Vaccination in the Punjab 1905-1918 - 1905-1918
Year: 1905
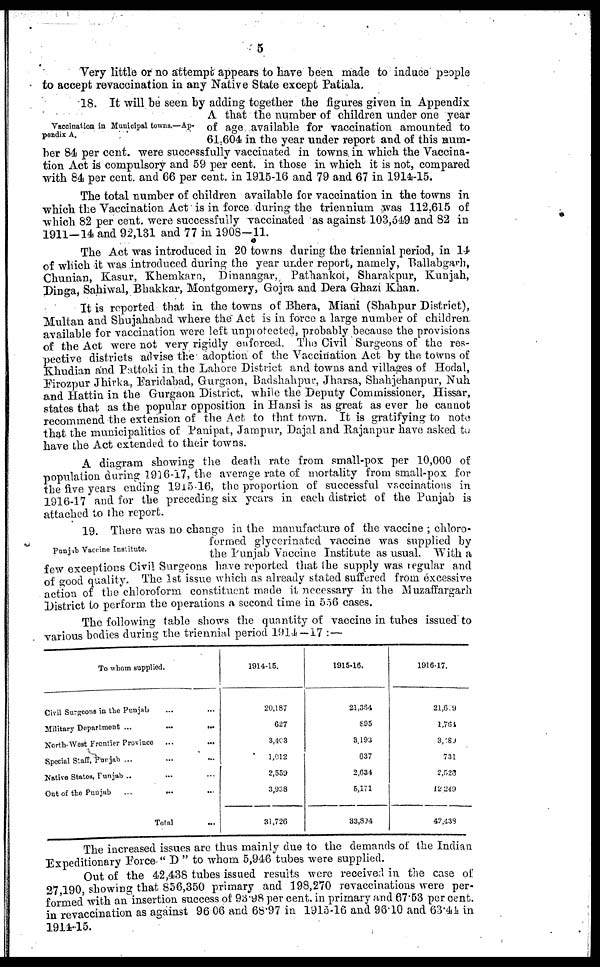
5
Very little or no attempt appears to have been made to induce people
to accept revaccination in any Native State except Patiala.
Vaccination in Municipal towns.—Ap-
pendix A.
18. It will be seen by adding together the figures given in Appendix
A that the number of children under one year
of age available for vaccination amounted to
61.604 in the year under report and of this num-
ber 84 per cent. were successfully vaccinated in towns in which the Vaccina-
tion Act is compulsory and 59 per cent. in those in which it is not, compared
with 84 per cent. and 66 per cent. in 1915-16 and 79 and 67 in 1914-15.
The total number of children available for vaccination in the towns in
which the Vaccination Act is in force during the triennium was 112,615 of
which 82 per cent. were successfully vaccinated as against 103,549 and 82 in
1911-14 and 92,131 and 77 in 1908—11.
The Act was introduced in 20 towns during the triennial period, in 14
of which it was introduced during the year under report, namely, Ballabgarh,
Chunian, Kasur, Khemkarn, Dinanagar, Pathankot, Sharakpur, Kunjah,
Dinga, Sahiwal, Bhakkar, Montgomery, Gojra and Dera Ghazi Khan.
It is reported that in the towns of Bhera, Miani (Shahpur District),
Multan and Shujahabad where the Act is in force a large number of children
available for vaccination were left unprotected, probably because the provisions
of the Act were not very rigidly enforced. The Civil Surgeons of the res-
pective districts advise the adoption of the Vaccination Act by the towns of
Khudian and Pattoki in the Lahore District and towns and villages of Hodal,
Firozpur Jhirka, Faridabad, Gurgaon, Badshahpur, Jharsa, Shahjehanpur, Nuh
and Hattin in the Gurgaon District, while the Deputy Commissioner, Hissar,
states that as the popular opposition in Hansi is as great as ever he cannot
recommend the extension of the Act to that town. It is gratifying to note
that the municipalities of Panipat, Jampur, Dajal and Rajanpur have asked to
have the Act extended to their towns.
A diagram showing the death rate from small-pox per 10,000 of
population during 1916-17, the average rate of mortality from small-pox for
the five years ending 1915-16, the proportion of successful vaccinations in
1916-17 and for the preceding six years in each district of the Punjab is
attached to the report.
Punjab Vaccine Institute.
19. There was no change in the manufacture of the vaccine ; chloro-
formed glycerinated vaccine was supplied by
the Punjab Vaccine Institute as usual. With a
few exceptions Civil Surgeons have reported that the supply was regular and
of good quality. The 1st issue which as already stated suffered from excessive
action of the chloroform constituent made it necessary in the Muzaffargarh
District to perform the operations a second time in 556 cases.
The following table shows the quantity of vaccine in tubes issued to
various bodies during the triennial period 1914-17:—
To whom supplied.
Civil Surgeons in the Punjab ... ...
Military Department ... ... ...
North-West Frontier Province ... ...
Special Staff, Punjab ... ... ...
Native States, Punjab ... ... ...
Out of the Punjab ... ... ...
Total ...
1914-15.
20,187
627
3,403
1,012
2,559
3,938
31,726
1915-16.
21,364
895
3,193
637
2,634
5,171
33,894
1916-17.
21,679
1,764
3,489
731
2,523
12,249
42,438
The increased issues are thus mainly due to the demands of the Indian
Expeditionary Force "D" to whom 5,946 tubes were supplied.
Out of the 42,438 tubes issued results were received in the case of
27,190, showing that 856,350 primary and 198,270 revaccinations were per-
formed with an insertion success of 93.98 per cent. in primary and 67.53 per cent.
in revaccination as against 96.06 and 68.97 in 1915-16 and 96.10 and 63.44 in
1914-15.